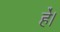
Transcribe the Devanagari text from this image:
हे॑।